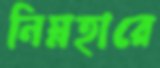
নিম্নহারে